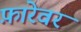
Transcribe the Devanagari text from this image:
फ़ारेवर